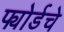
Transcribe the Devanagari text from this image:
फ्योर्डचे